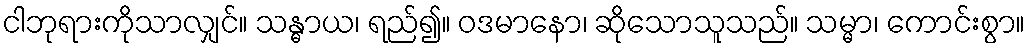
ငါဘုရားကိုသာလျှင်။ သန္ဓာယ၊ ရည်၍။ ဝဒမာနော၊ ဆိုသောသူသည်။ သမ္မာ၊ ကောင်းစွာ။